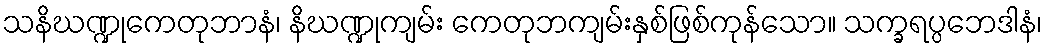
သနိဃဏ္ဍုကေတုဘာနံ၊ နိဃဏ္ဍုကျမ်း ကေတုဘကျမ်းနှစ်ဖြစ်ကုန်သော။ သက္ခရပ္ပဘေဒါနံ၊